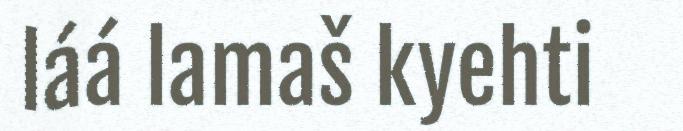
láá lamaš kyehti